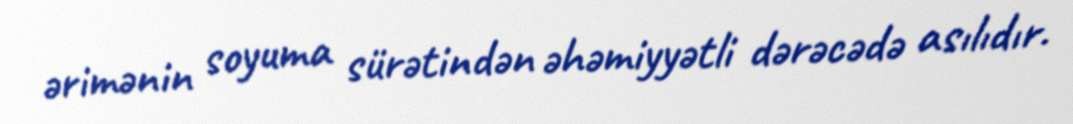
ərimənin soyuma sürətindən əhəmiyyətli dərəcədə asılıdır.